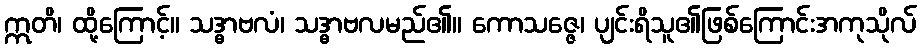
ဣတိ၊ ထို့ကြောင့်။ သဒ္ဓာဗလံ၊ သဒ္ဓာဗလမည်၏။ ကောသဇ္ဇေ၊ ပျင်းရိသူ၏ဖြစ်ကြောင်းအကုသိုလ်